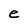
Character: e